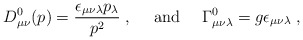
\begin{align*}D^0_{\mu\nu}(p)= \frac{\epsilon_{\mu\nu\lambda}p_\lambda}{p^2}\;,{}~~~~{\rm and} ~~~~\Gamma^0_{\mu\nu\lambda}=g\epsilon_{\mu\nu\lambda}\;,\end{align*}